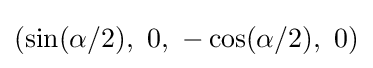
\left(\sin(\alpha /2),\ 0,\ -\cos(\alpha /2),\ 0\right)